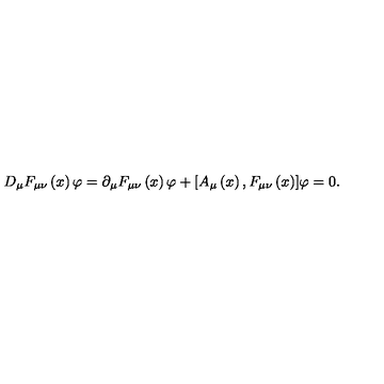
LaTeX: D _ { \mu } F _ { \mu \nu } \left( x \right) { \varphi } = \partial _ { \mu } F _ { \mu \nu } \left( x \right) { \varphi } + [ A _ { \mu } \left( x \right) , F _ { \mu \nu } \left( x \right) ] { \varphi } = 0 .